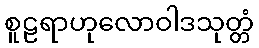
စူဠရာဟုလောဝါဒသုတ္တံ